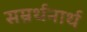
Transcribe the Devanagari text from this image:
सम्रर्थनार्थ